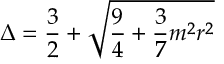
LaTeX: \Delta = \frac { 3 } { 2 } + \sqrt { \frac { 9 } { 4 } + \frac { 3 } { 7 } m ^ { 2 } r ^ { 2 } }